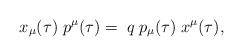
LaTeX: \begin{align*}x_{\mu}(\tau)\; p^{\mu}(\tau) = \;q\; p_{\mu}(\tau)\; x^{\mu}(\tau),\end{align*}